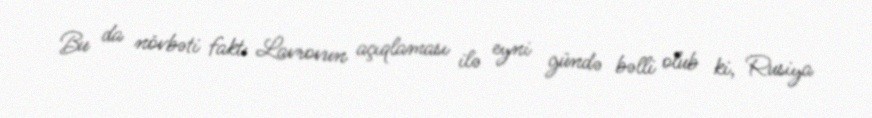
Bu da növbəti fakt: Lavrovun açıqlaması ilə eyni gündə bəlli olub ki, Rusiya